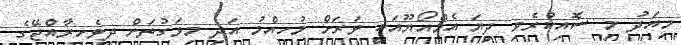
މިއަދު މި ސޮއިކުރެވި ދިޔަ އެމްއޯޔޫއަކީ ވަރަށް މުހިއްމު އަދި މިވަގުތަށް ދިވެހިރާއްޖޭގެ